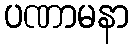
ပဏာမနာ